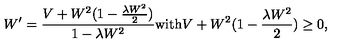
W ^ { \prime } = \frac { V + W ^ { 2 } ( 1 - \frac { \lambda W ^ { 2 } } { 2 } ) } { 1 - \lambda W ^ { 2 } } \mathrm { w i t h } V + W ^ { 2 } ( 1 - \frac { \lambda W ^ { 2 } } { 2 } ) \ge 0 ,